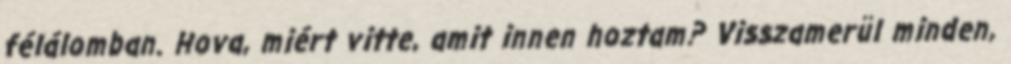
félálomban. Hova, miért vitte, amit innen hoztam? Visszamerül minden,